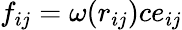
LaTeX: f_{ij}=\omega(r_{ij})ce_{ij}